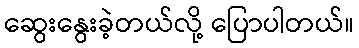
ဆွေးနွေးခဲ့တယ်လို့ ပြောပါတယ်။